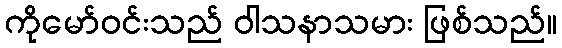
ကိုမော်ဝင်းသည် ဝါသနာသမား ဖြစ်သည်။